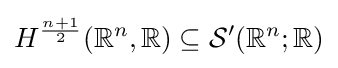
H^{\frac {n+1}{2}}(\mathbb {R} ^{n},\mathbb {R} )\subseteq {\mathcal {S}}'(\mathbb {R} ^{n};\mathbb {R} )